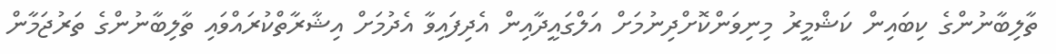
ތާލިބާނުންގެ ކިބައިން ކަޝްމީރު މިނިވަންކޮށްދިނުމަށް އަލްގައީދާއިން އެދިފައިވާ އެދުމަށް އިޝާރާތްކުރައްވައި ތާލިބާނުންގެ ތަރުޖަމާން